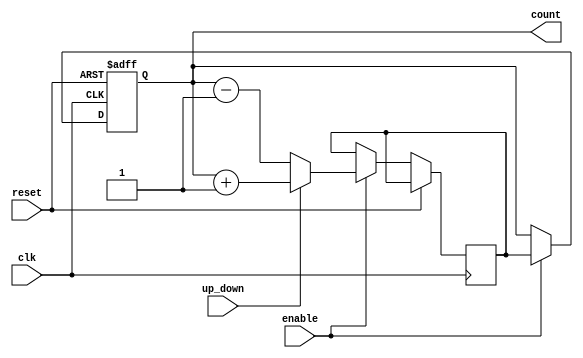
module up_down_counter (
    input wire clk,
    input wire reset,
    input wire enable,
    input wire up_down,
    output reg [7:0] count
);

// State register
reg [7:0] next_count;

always @(posedge clk or posedge reset) begin
    if (reset) begin
        count <= 8'h00;
    end else if (enable) begin
        if (up_down) begin
            next_count <= count + 1;
        end else begin
            next_count <= count - 1;
        end
        count <= next_count;
    end
end

endmodule